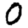
Digit: 0